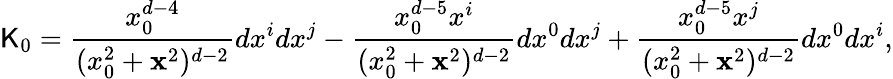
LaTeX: \mathsf{K}_{0}={\frac{{x_{0}^{d-4}}}{{(x_{0}^{2}+{\mathbf{x}}^{2})^{d-2}}}}dx^{i}dx^{j}-{\frac{{x_{0}^{d-5}x^{i}}}{{(x_{0}^{2}+{\mathbf{x}}^{2})^{d-2}}}}dx^{0}dx^{j}+{\frac{{x_{0}^{d-5}x^{j}}}{{(x_{0}^{2}+{\mathbf{x}}^{2})^{d-2}}}}dx^{0}dx^{i},